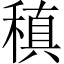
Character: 稹